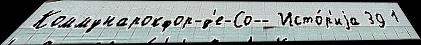
Коммунарокфор-д'е-Со-- Исто́р'иjа 39 1